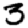
Digit: 3